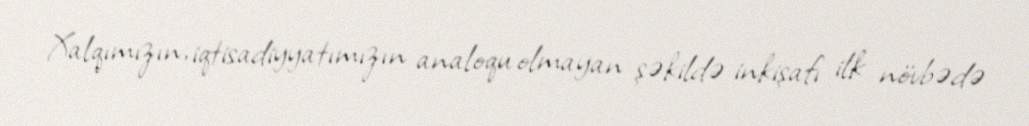
Xalqımızın, iqtisadiyyatımızın analoqu olmayan şəkildə inkişafı ilk növbədə